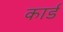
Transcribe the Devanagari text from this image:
कार्ड